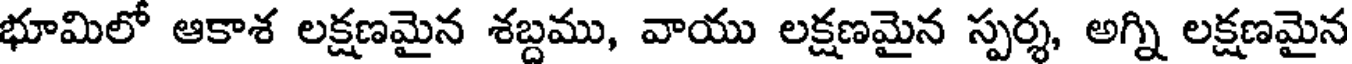
భూమిలో ఆకాశ లక్షణమైన శబ్దము, వాయు లక్షణమైన స్పర్శ, అగ్ని లక్షణమైన